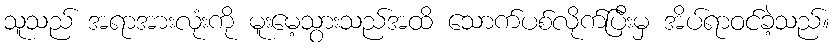
သူသည် အရာအားလုံးကို မူးမေ့သွားသည်အထိ သောက်ပစ်လိုက်ပြီးမှ အိပ်ရာဝင်ခဲ့သည်။